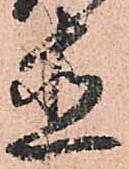
直